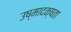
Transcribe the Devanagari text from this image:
उष्मादक्षता